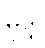
မုဒ္ဒါ